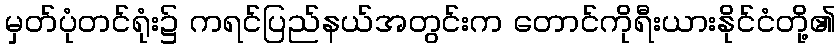
မှတ်ပုံတင်ရုံး၌ ကရင်ပြည်နယ်အတွင်းက တောင်ကိုရီးယားနိုင်ငံတို့၏